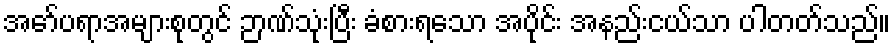
အော်ပရာအများစုတွင် ဉာဏ်သုံးပြီး ခံစားရသော အပိုင်း အနည်းငယ်သာ ပါတတ်သည်။